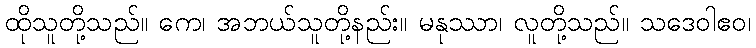
ထိုသူတို့သည်။ ကေ၊ အဘယ်သူတို့နည်း။ မနုဿာ၊ လူတို့သည်။ သဒေဝါဧဝ၊